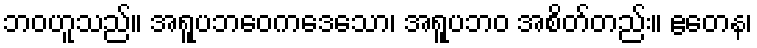
ဘဝဟူသည်။ အရူပဘဝေကဒေသော၊ အရူပဘဝ အစိတ်တည်း။ ဧတေန၊